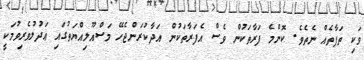
ވަކި ތަފާތެއް ނެތެވެ. ކޮންމެ ފަރާތަކުން ވެސް އެފަރާތަކުން އަދާކުރަންޖެހޭ މަސްއޫލިއްޔަތުގައި ޢަދުލުވެރިވުމަކީ